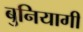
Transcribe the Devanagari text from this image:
बुनियागी